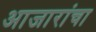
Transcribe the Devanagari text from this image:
आजारांचा